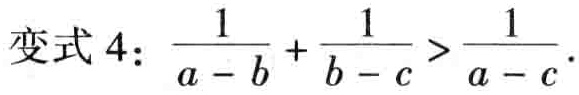
变式 4：\(\frac{1}{a - b}+\frac{1}{b - c}>\frac{1}{a - c}\)